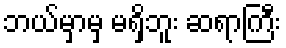
ဘယ်မှာမှ မရှိဘူး ဆရာကြီး